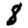
Digit: 8